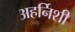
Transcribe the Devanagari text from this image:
अहर्निशी